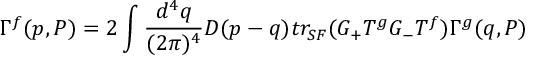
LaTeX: \Gamma ^ { f } ( p , P ) = 2 \int \frac { d ^ { 4 } q } { ( 2 \pi ) ^ { 4 } } D ( p - q ) t r _ { S F } ( G _ { + } T ^ { g } G _ { - } T ^ { f } ) \Gamma ^ { g } ( q , P )